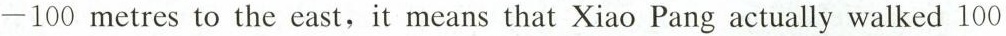
-100 metres to the east,it means that Xiao Pang actually walked 100